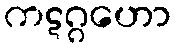
ကဋဂ္ဂဟော